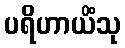
ပရိဟာယိံသု